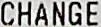
CHANGE